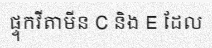
ផ្ទុកវីតាមីន C និង E ដែល